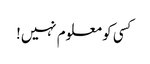
کسی کو معلوم نہیں!